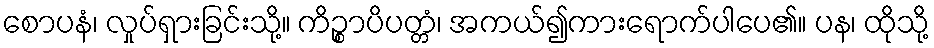
စောပနံ၊ လှုပ်ရှားခြင်းသို့။ ကိဉ္စာပိပတ္တံ၊ အကယ်၍ကားရောက်ပါပေ၏။ ပန၊ ထိုသို့